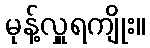
မုန့်လှူရကျိုး။